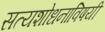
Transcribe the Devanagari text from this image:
सत्यशोधनाविषयी